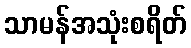
သာမန်အသုံးစရိတ်